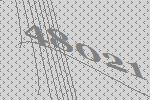
48021